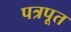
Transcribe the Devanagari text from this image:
पत्रपूत